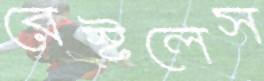
রেস্টলেস